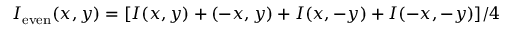
I _ { \mathrm { e v e n } } ( x , y ) = [ I ( x , y ) + ( - x , y ) + I ( x , - y ) + I ( - x , - y ) ] / 4